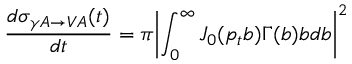
{ \frac { d \sigma _ { \gamma A \to V A } ( t ) } { d t } } = \pi { \left| \int _ { 0 } ^ { \infty } J _ { 0 } ( { p _ { t } } b ) \Gamma ( b ) b d b \right| } ^ { 2 }